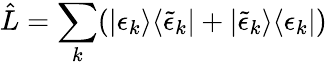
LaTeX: \hat{L}=\sum_{k}(|\epsilon_{k}\rangle\langle\tilde{\epsilon}_{k}|+|\tilde{\epsilon}_{k}\rangle\langle{\epsilon}_{k}|)